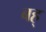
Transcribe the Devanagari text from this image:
बह्